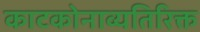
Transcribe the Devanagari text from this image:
काटकोनाव्यतिरिक्त